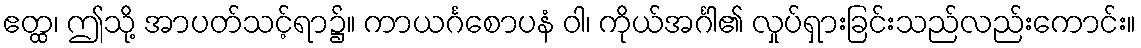
ဧတ္ထ၊ ဤသို့ အာပတ်သင့်ရာ၌။ ကာယင်္ဂစောပနံ ဝါ၊ ကိုယ်အင်္ဂါ၏ လှုပ်ရှားခြင်းသည်လည်းကောင်း။